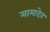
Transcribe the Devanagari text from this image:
मामादेव